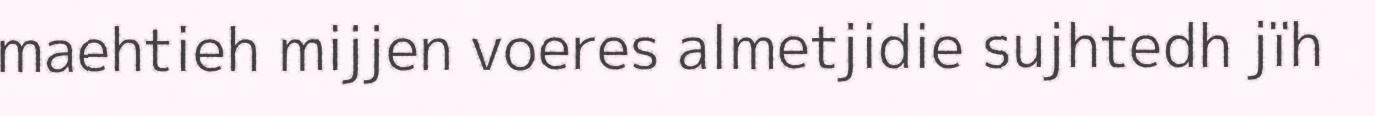
maehtieh mijjen voeres almetjidie sujhtedh jïh